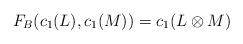
LaTeX: \begin{align*}F_B(c_1(L), c_1(M))=c_1(L\otimes M)\end{align*}